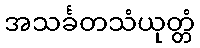
အသင်္ခတသံယုတ္တံ